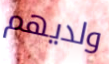
ولديهم